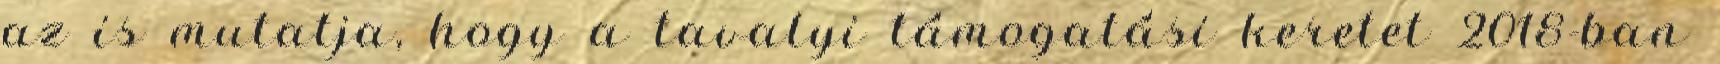
az is mutatja, hogy a tavalyi támogatási keretet 2018-ban